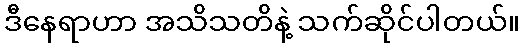
ဒီနေရာဟာ အသိသတိနဲ့ သက်ဆိုင်ပါတယ်။